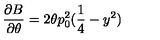
\frac { \partial B } { \partial \theta } = 2 \theta p _ { 0 } ^ { 2 } ( \frac { 1 } { 4 } - y ^ { 2 } )